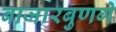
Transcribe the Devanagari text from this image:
बाजारबुणगे